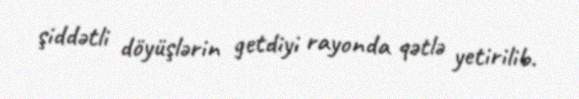
şiddətli döyüşlərin getdiyi rayonda qətlə yetirilib.